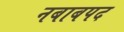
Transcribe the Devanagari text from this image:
नबाबपद